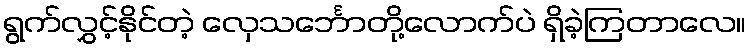
ရွက်လွှင့်နိုင်တဲ့ လှေသင်္ဘောတို့လောက်ပဲ ရှိခဲ့ကြတာလေ။